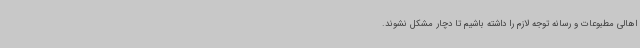
اهالی مطبوعات و رسانه توجه لازم را داشته باشیم تا دچار مشکل نشوند.